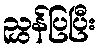
ညွှန်ပြပြီး